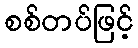
စစ်တပ်ဖြင့်